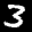
Label: 3